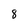
Character: 8